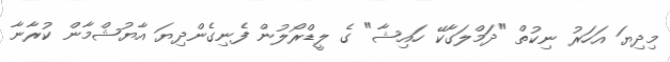
މިދިޔަ އަހަރު ނިކުތް "ދަމްލަގާކޭ ހައިޝާ" ގެ ލީޑްރޯލުން ފެނިގެންދިޔަ އާޔުޝްމާން ކުރާނާ